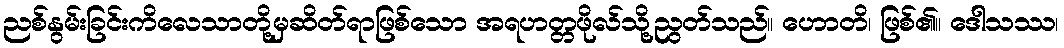
ညစ်နွမ်းခြင်းကိလေသာတို့မှဆိတ်ရာဖြစ်သော အရဟတ္တဖိုလ်သို့ညွတ်သည်။ ဟောတိ၊ ဖြစ်၏။ ဒေါသဿ၊